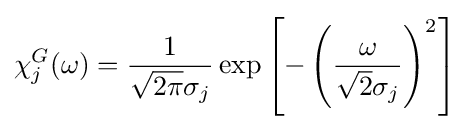
\chi _{j}^{G}(\omega )={\frac {1}{{\sqrt {2\pi }}\sigma _{j}}}\exp {\left[-\left({\frac {\omega }{{\sqrt {2}}\sigma _{j}}}\right)^{2}\right]}